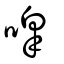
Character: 嘷